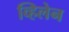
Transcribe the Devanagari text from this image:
व्हिलेन